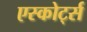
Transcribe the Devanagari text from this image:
एस्कोर्ट्स